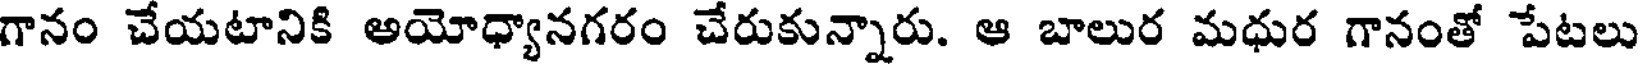
గానం చేయటానికి అయోధ్యానగరం చేరుకున్నారు. ఆ బాలుర మధుర గానంతో పేటలు